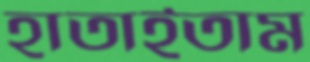
হাতাইতাম